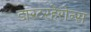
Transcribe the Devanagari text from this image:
डारटरहेरोन्स